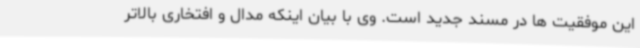
این موفقیت ها در مسند جدید است. وی با بیان اینکه مدال و افتخاری بالاتر